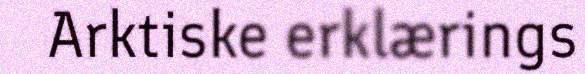
Arktiske erklærings